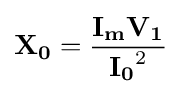
\mathbf {X_{0}} ={\frac {\mathbf {I_{m}} \mathbf {V_{1}} }{\mathbf {I_{0}} ^{2}}}